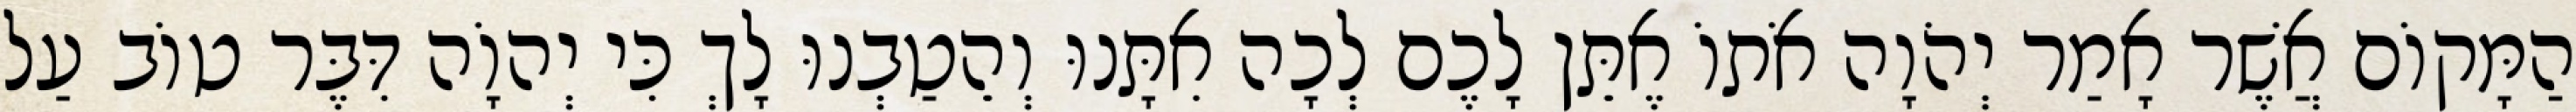
הַמָּקוֹם אֲשֶׁר אָמַר יְהֹוָה אֹתוֹ אֶתֵּן לָכֶם לְכָה אִתָּנוּ וְהֵטַבְנוּ לָךְ כִּי יְהוָֹה דִּבֶּר טוֹב עַל